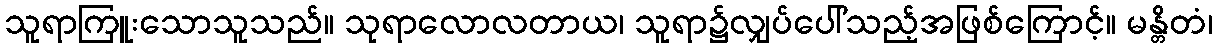
သူရာကြူးသောသူသည်။ သုရာလောလတာယ၊ သူရာ၌လျှပ်ပေါ်သည့်အဖြစ်ကြောင့်။ မန္တိတံ၊